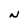
Character: N